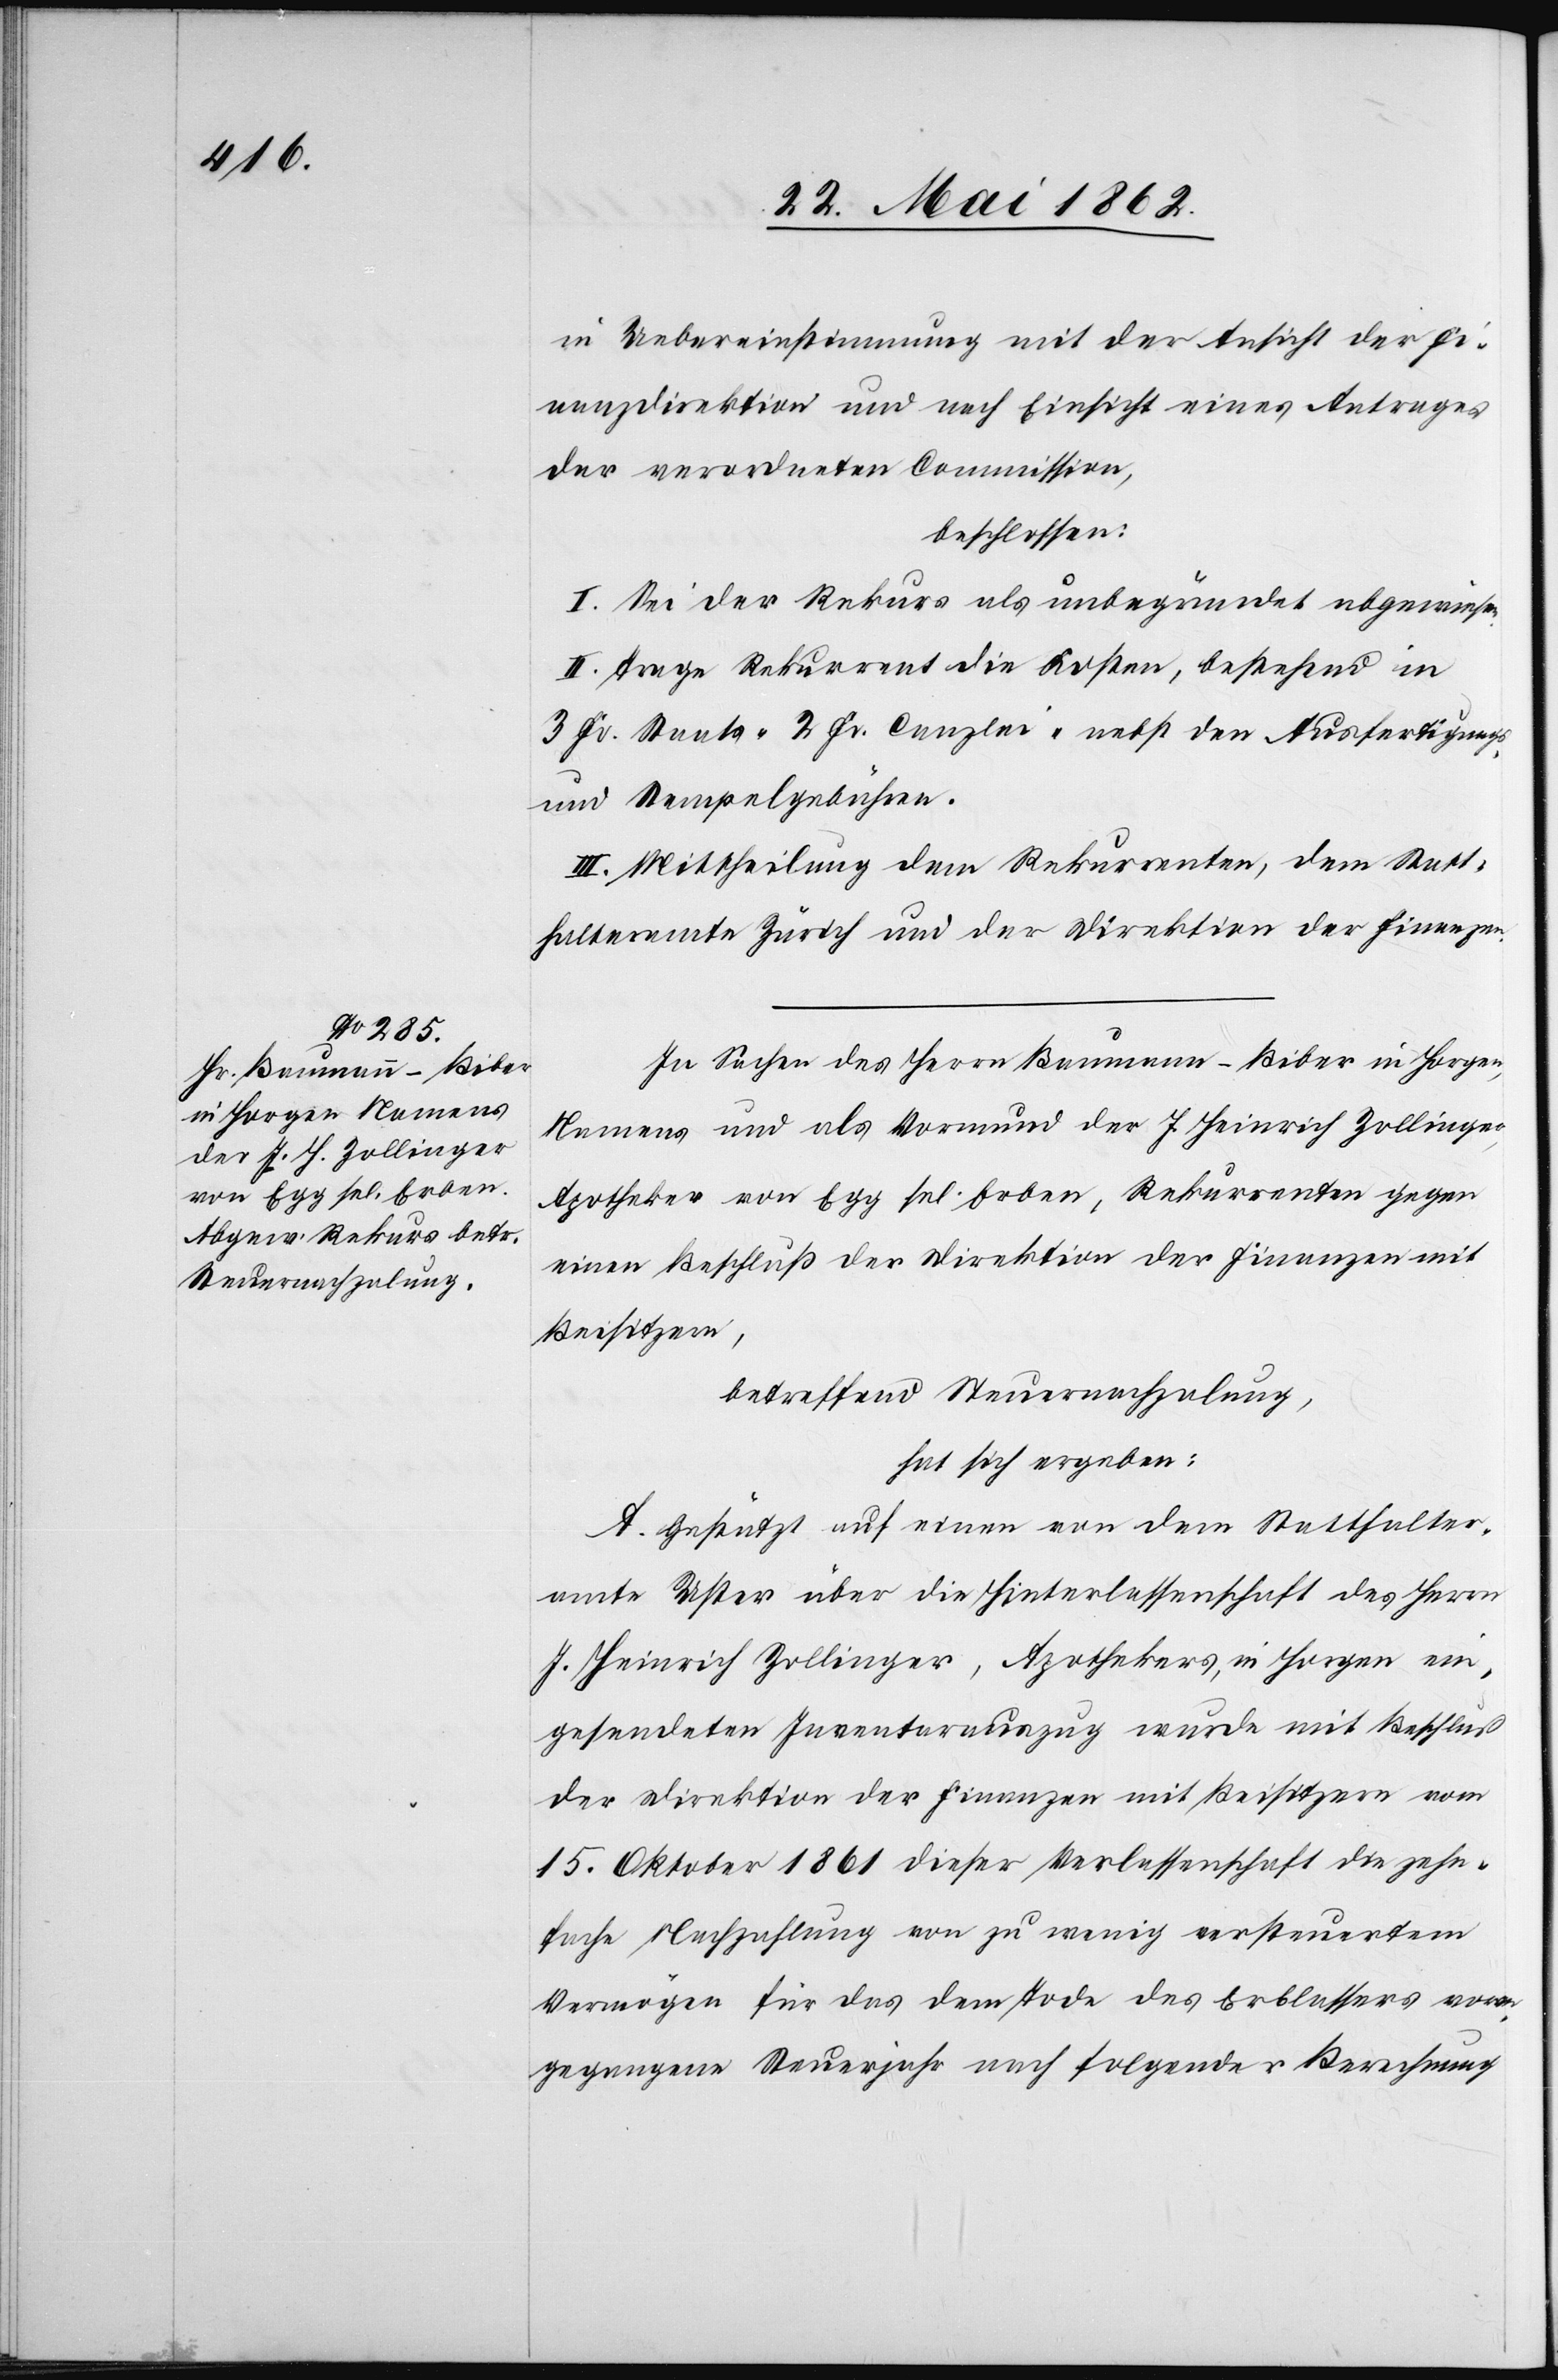
in Uebereinstimmung mit der Ansicht der Fi¬
nanzdirektion und nach Einsicht eines Antrages
der verordneten Commission,
beschlossen:
I. Sei der Rekurs als unbegründet abgewiesen.
II. Trage Rekurrent die Kosten, bestehend in
3 Fr. Staats-[,] 2 fr. Canzlei- nebst den Ausfertigungs-
und Stempelgebühren.
III. Mittheilung dem Rekurrenten, dem Statt¬
halteramte Zürich und der Direktion der Finanzen.
In Sachen des Herrn Baumann-Biber in Horgen,
Namens und als Vormund der J. Heinrich Zollinger,
Apotheker von Egg sel. Erben, Rekurrenten gegen
einen Beschluß der Direktion der Finanzen mit
Beisitzern,
betreffend Steuernachzalung,
hat sich ergeben:
A. Gestützt auf einen von dem Statthalter¬
amt Uster über die Hinterlassenschaft des Herrn
J. Heinrich Zollinger, Apothekers, in Horgen ein¬
gesandten Inventarauszug wurde mit Beschluß
der Direktion der Finanzen mit Beisitzern vom
15. Oktober 1861 dieser Verlassenschaft die zehn¬
fache Nachzahlung von zu wenig versteuertem
Vermögen für das dem Tode des Erblassers vor¬
gegangenen Steuerjahr nach folgender Berechnung